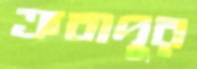
ত্রুবাদুর